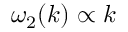
\omega _ { 2 } ( k ) \propto k